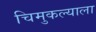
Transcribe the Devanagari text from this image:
चिमुकल्याला